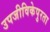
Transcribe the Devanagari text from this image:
उपजीविकेपुरता